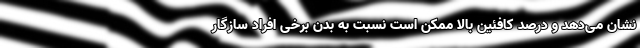
نشان می‌دهد و درصد کافئین بالا ممکن است نسبت به بدن برخی افراد سازگار